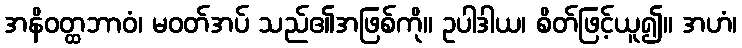
အနိဝတ္ထဘာဝံ၊ မဝတ်အပ် သည်၏အဖြစ်ကို။ ဥပါဒါယ၊ စိတ်ဖြင့်ယူ၍။ အဟံ၊